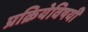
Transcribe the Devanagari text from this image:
प्रक्रियेविषयी